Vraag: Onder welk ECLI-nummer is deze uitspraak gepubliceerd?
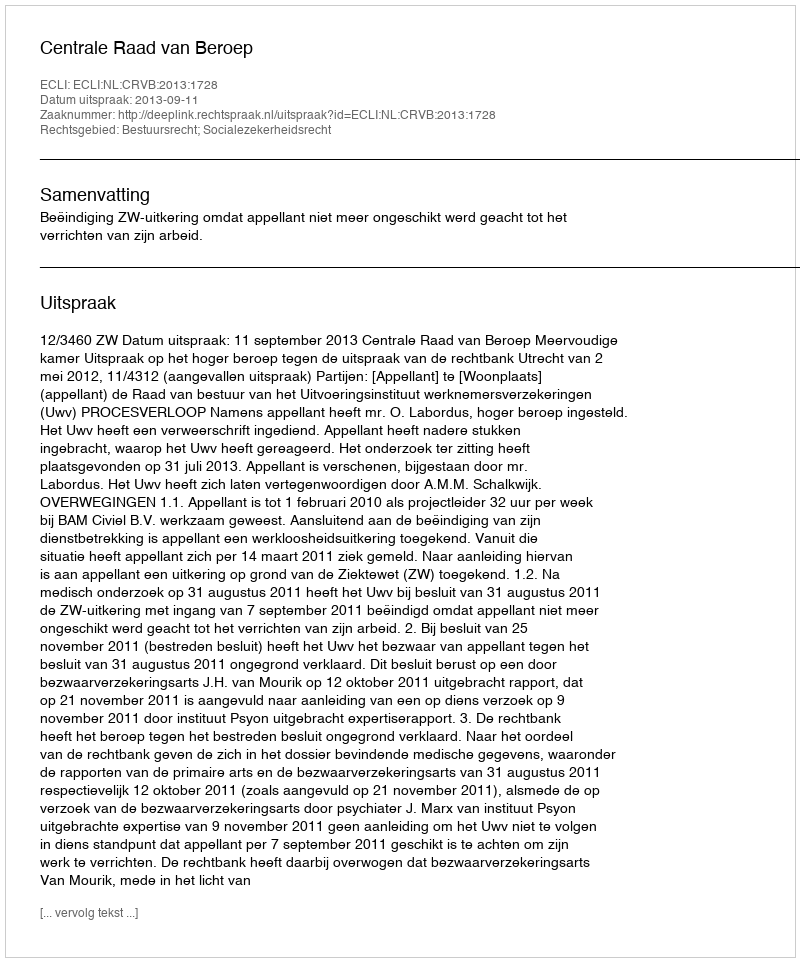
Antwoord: ECLI:NL:CRVB:2013:1728